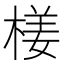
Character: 𣕞